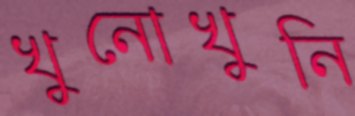
খুনোখুনি